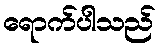
ရောက်ပါသည်